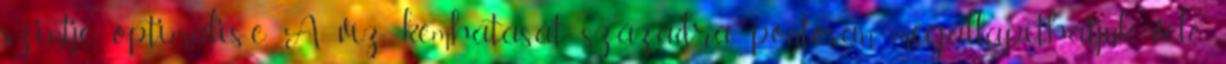
szintje optimális-e. A víz kémhatását századra pontosan megállapíthatjuk vele.